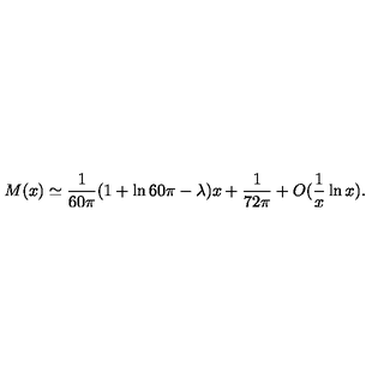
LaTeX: M ( x ) \simeq { \frac { 1 } { 6 0 \pi } } ( 1 + \ln 6 0 \pi - \lambda ) x + { \frac { 1 } { 7 2 \pi } } + O ( { \frac { 1 } { x } } \ln x ) .